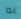
به